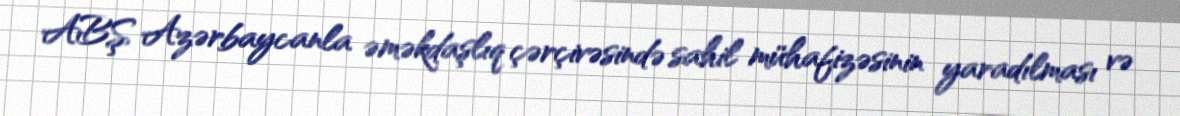
ABŞ Azərbaycanla əməkdaşlıq çərçivəsində sahil mühafizəsinin yaradılması və